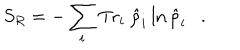
S _ { R } = - \sum _ { i } \mathrm { T r } _ { i } ~ \hat { \rho } _ { i } \ln \hat { \rho } _ { i } .